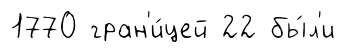
1770 гран'и́цей 22 бы́л'и